Leningradi_Edasi_toimetus, lk 11
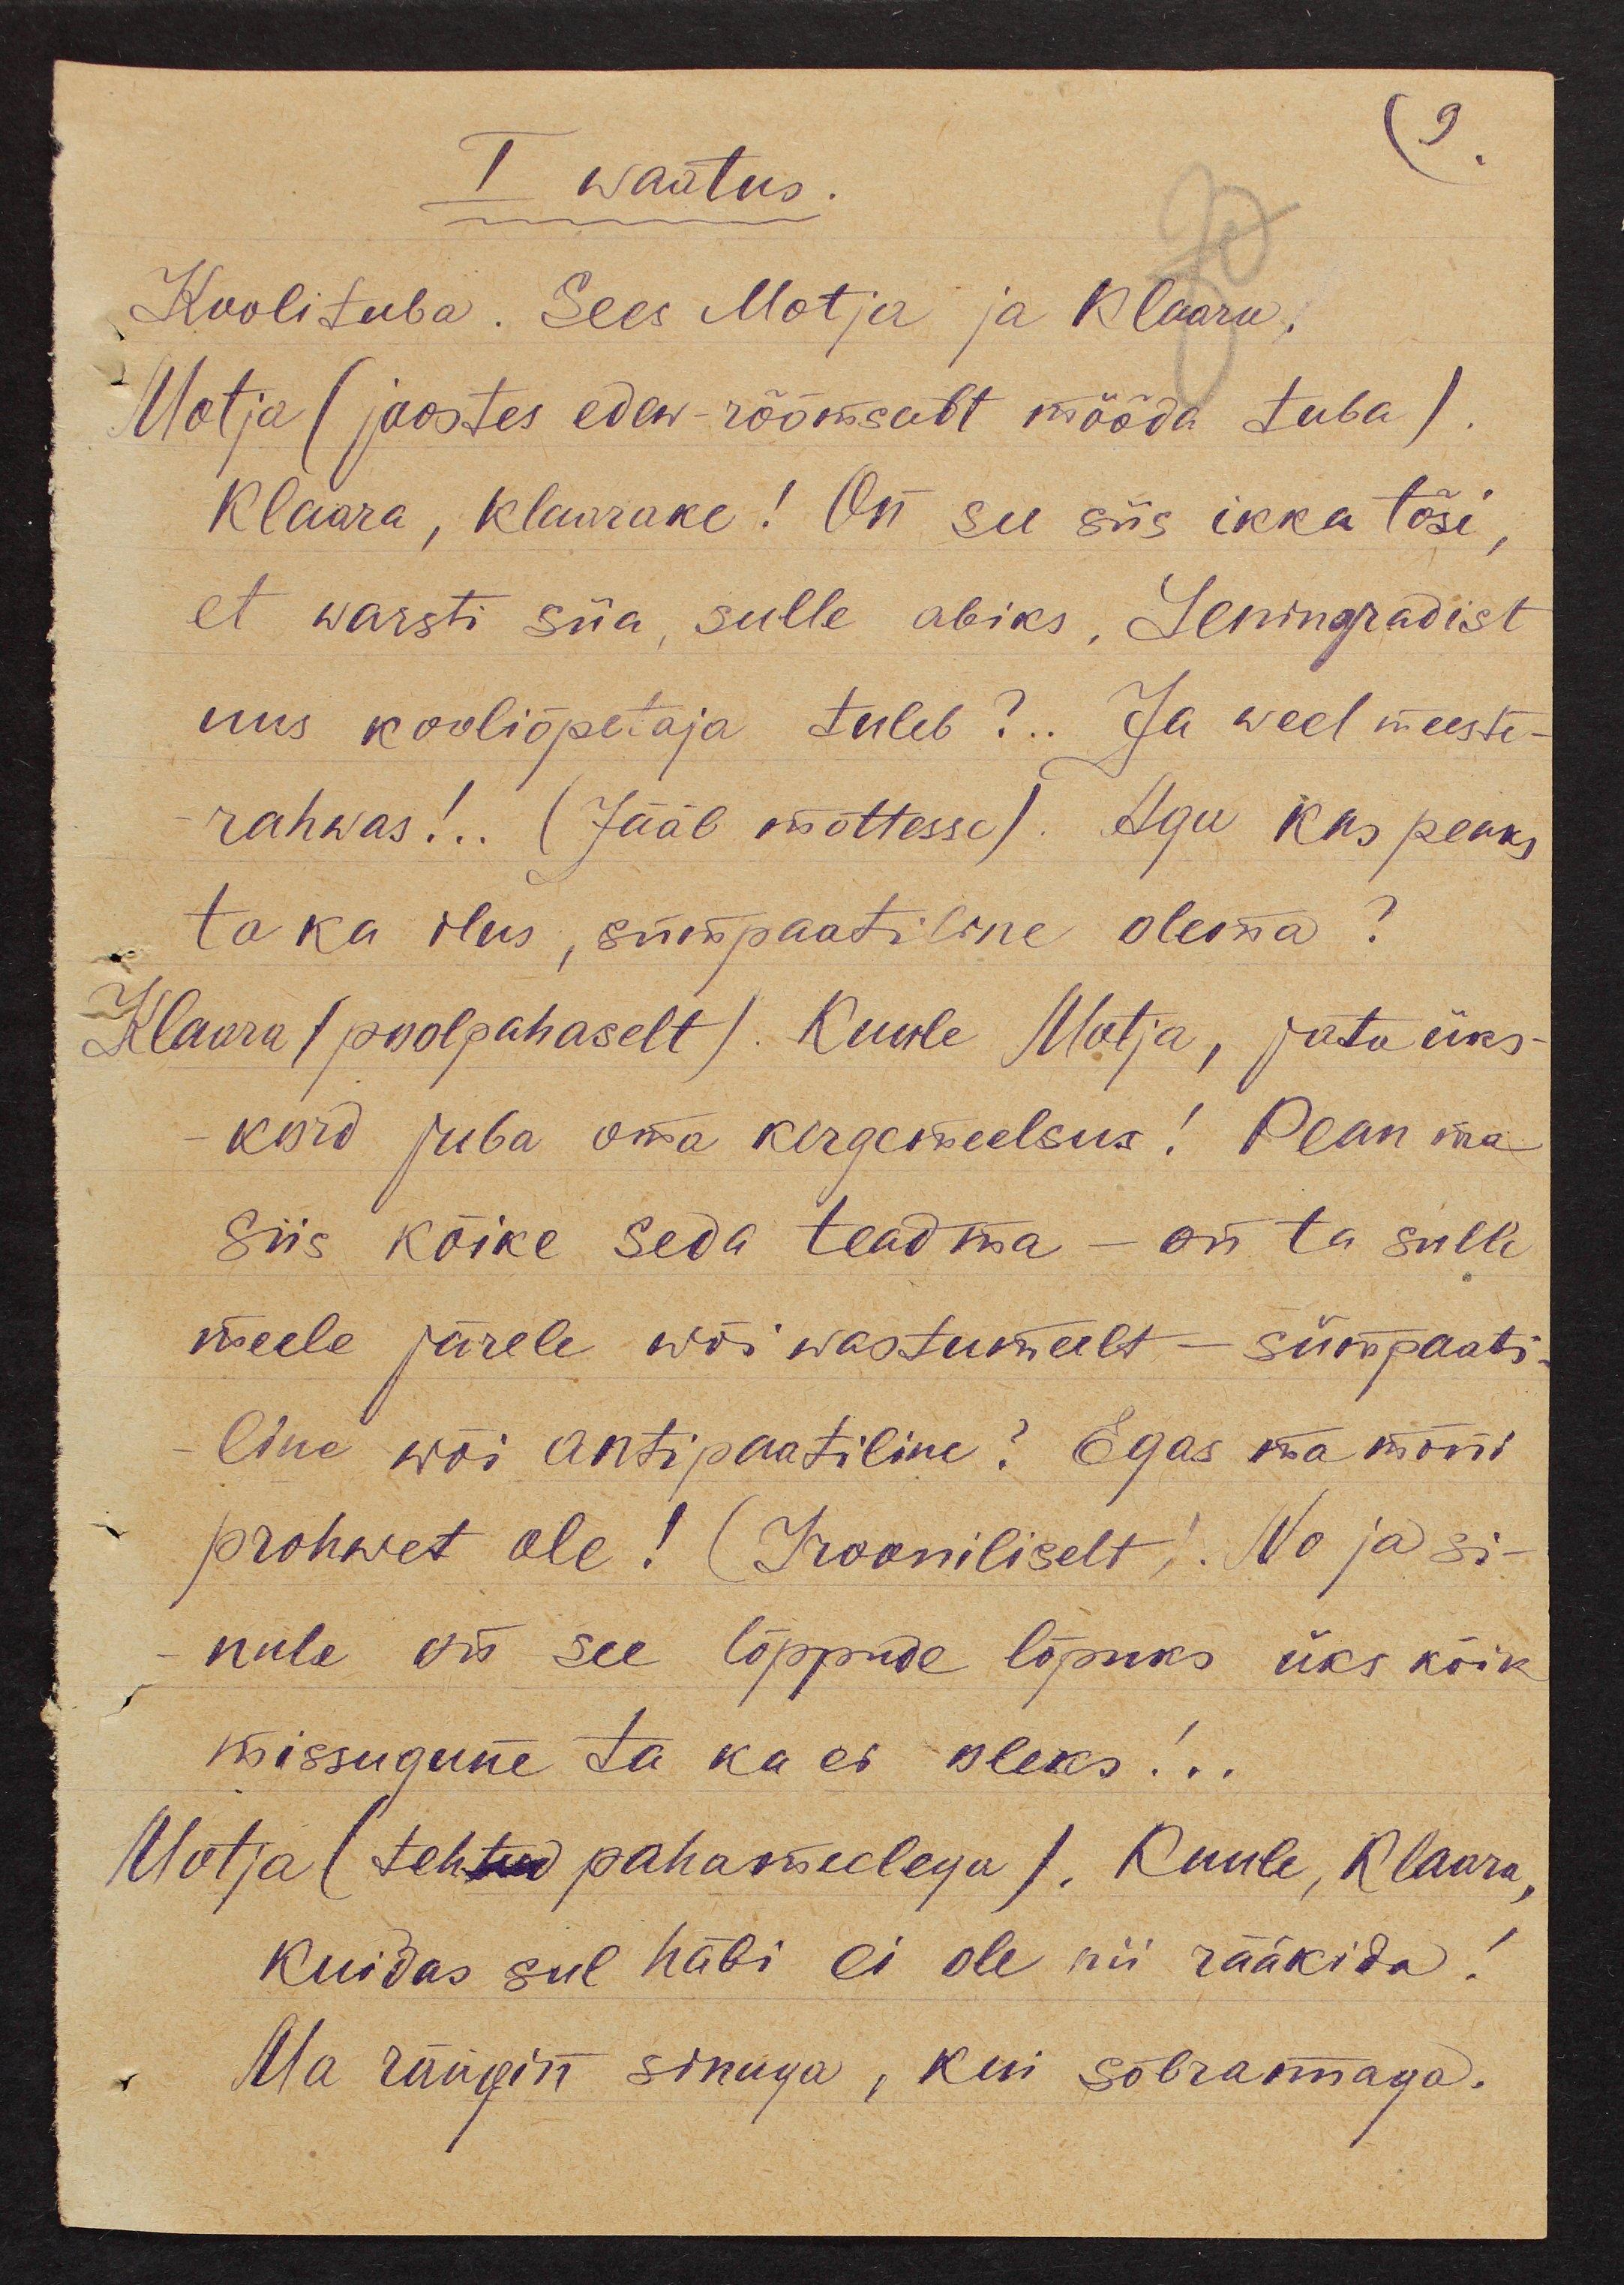
9.
I waatus
Koolituba. Sees Motja ja Klaaru.
Motja (joostes edew-rõõmsalt mööda tuba).
Klaara, Klaarake! On see siis ikka tõsi,
et warsti siia, sulle abiks, Leningradist
uus kooliõpetaja tuleb?.. Ja weel meeste-
rahwas!. .(Jääb mõttesse). Aga kas peaks
ta ka ilus, sümpaatiline olema?
Klaara (poolpahaselt). Kuule Motja, jäta üks-
kord juba oma kergemeelsus! Pean ma
siis kõike seda teadma - on ta sulle
meele järele wõi wastumeelt - sümpaati-
line wõi antipaatiline? Egas ma mõni
prohwet ole! (Irooniliselt). No ja si-
nule on see lõppude lõpuks üks kõik
missugune ta ka ei oleks!..
Motja (tehtud pahameelega). Kuule, Klaara,
Kuidas sul häbi ei ole nii rääkida!
Ma räägin sinuga, kui sõbrannaga.